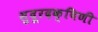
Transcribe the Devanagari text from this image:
सुदूरदक्षिणी